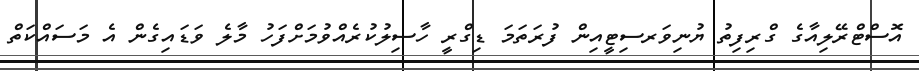
އޮސްޓްރޭލިއާގެ ގްރިފިތު ޔުނިވަރސިޓީއިން ފުރަތަމަ ޑިގްރީ ހާސިލުކުރެއްވުމަށްފަހު މާލެ ވަޑައިގެން އެ މަސައްކަތް